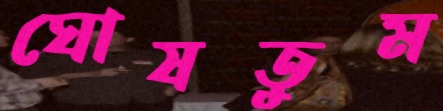
ঘোষতুম